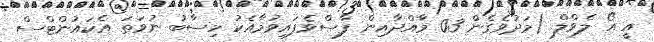
އީ އޯ ލެވްލް (މަދުވެގެން 03 މާއްދާއިން ފާސްވެފައިވުމާއެކު ހިސާބު ނުވަތަ އެކައުންޓްސް